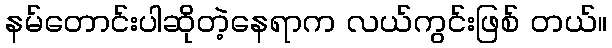
နမ်တောင်းပါဆိုတဲ့နေရာက လယ်ကွင်းဖြစ် တယ်။